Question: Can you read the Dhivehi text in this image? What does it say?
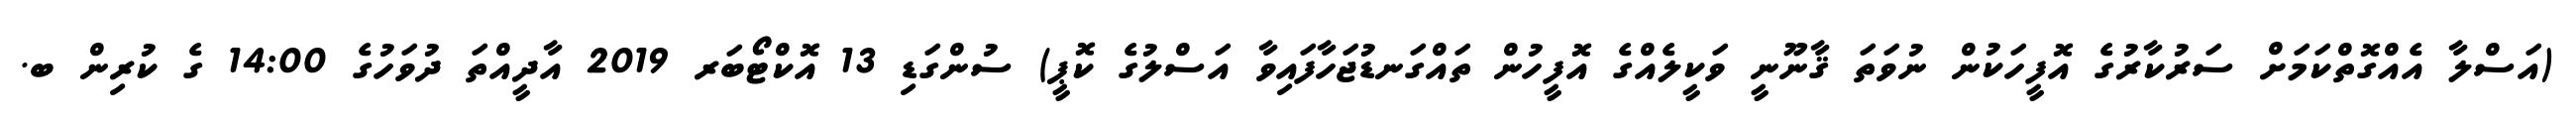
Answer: (އަސްލާ އެއްގޮތްކަމަށް ސަރުކާރުގެ އޮފީހަކުން ނުވަތަ ޤާނޫނީ ވަކީލެއްގެ އޮފީހުން ތައްގަނޑުޖަހާފައިވާ އަސްލުގެ ކޮޕީ) ސުންގަޑި 13 އޮކްޓޯބަރ 2019 އާދީއްތަ ދުވަހުގެ 14:00 ގެ ކުރިން ބ.